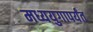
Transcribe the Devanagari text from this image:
मध्ययुगापर्यंत